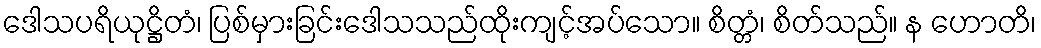
ဒေါသပရိယုဋ္ဌိတံ၊ ပြစ်မှားခြင်းဒေါသသည်ထိုးကျင့်အပ်သော။ စိတ္တံ၊ စိတ်သည်။ န ဟောတိ၊